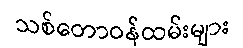
သစ်တောဝန်ထမ်းများ